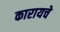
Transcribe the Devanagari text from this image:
कारायचे